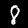
Label: 8